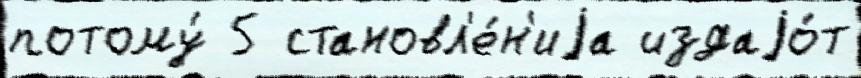
потому́ 5 становл'е́н'иjа издаjо́т